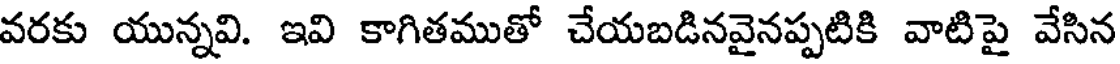
వరకు యున్నవి. ఇవి కాగితముతో చేయబడినవైనప్పటికి వాటిపై వేసిన